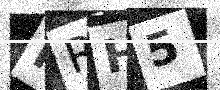
Text: MRH5